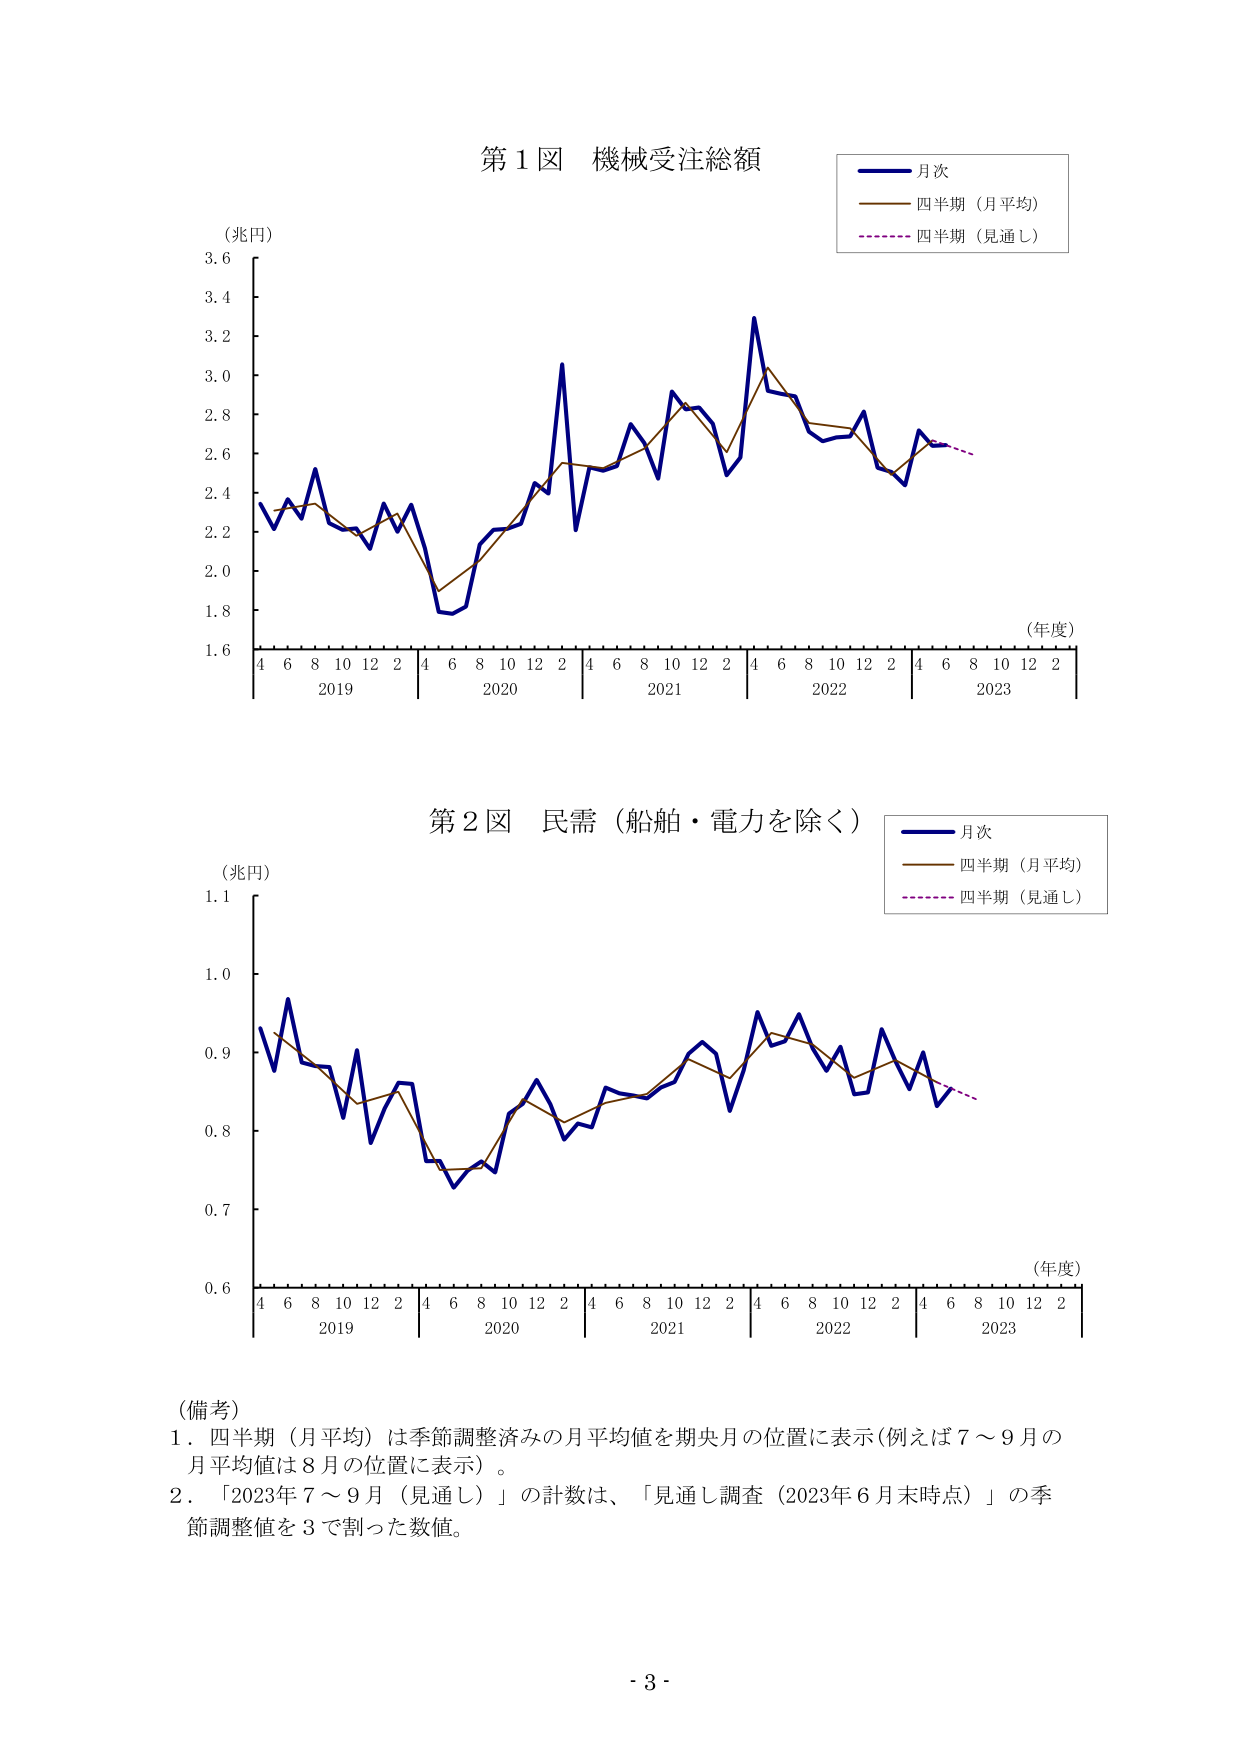
第１図 機械受注総額
（兆円）
（年度）
月次
四半期（月平均）
四半期（見通し）

第２図 民需（船舶・電力を除く）
（兆円）
（年度）
月次
四半期（月平均）
四半期（見通し）

（備考）
１．四半期（月平均）は季節調整済みの月平均値を期央月の位置に表示（例えば７～９月の月平均値は８月の位置に表示）。
２．「2023年７～９月（見通し）」の計数は、「見通し調査（2023年６月末時点）」の季節調整値を３で割った数値。

- 3 -